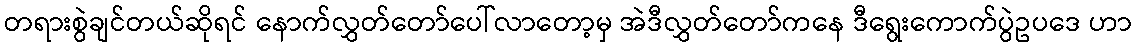
တရားစွဲချင်တယ်ဆိုရင် နောက်လွှတ်တော်ပေါ်လာတော့မှ အဲဒီလွှတ်တော်ကနေ ဒီရွေးကောက်ပွဲဥပဒေ ဟာ